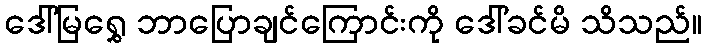
ဒေါ်မြရွှေ ဘာပြောချင်ကြောင်းကို ဒေါ်ခင်မိ သိသည်။